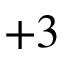
+ 3